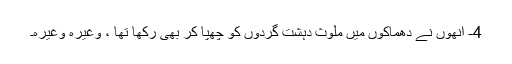
4- انھوں نے دھماکوں میں ملوث دہشت گردوں کو چھپا کر بھی رکھا تھا ، وغیرہ وغیرہ۔